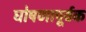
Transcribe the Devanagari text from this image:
घोषणापूर्वक